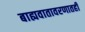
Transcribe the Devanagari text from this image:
बाह्यवातावरणातही